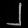
Digit: ၂